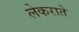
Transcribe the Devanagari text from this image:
लेकराते